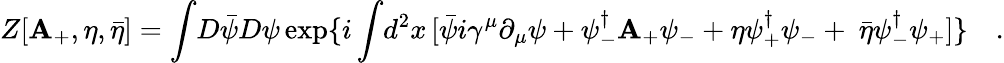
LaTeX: Z[\mathbf{A}_{+},\eta,{\bar{{\eta}}}]=\int\! D\bar{{\psi}}D\psi\exp\{ i\int\! d^{2}x\, [\bar{{\psi}}i\gamma^{\mu}\partial_{\mu}\psi+\psi_{-}^{\dagger}\mathbf{A}_{+}\psi_{-}+\eta\psi_{+}^{\dagger}\psi_{-}+{\ \bar{{\eta}}}\psi_{-}^{\dagger}\psi_{+}]\} \quad.